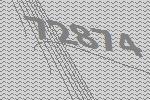
72874